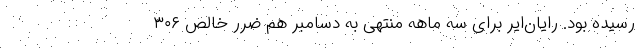
رسیده بود. رایان‌ایر برای سه ماهه منتهی به دسامبر هم ضرر خالص ۳۰۶